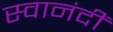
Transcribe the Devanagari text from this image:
स्वानंदीं